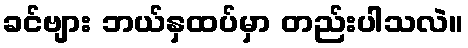
ခင်ဗျား ဘယ်နှထပ်မှာ တည်းပါသလဲ။